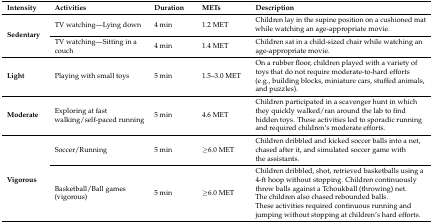
<table><thead><tr><td><b>Intensity</b></td><td><b>Activities</b></td><td><b>Duration</b></td><td><b>METs</b></td><td><b>Description</b></td></tr></thead><tbody><tr><td rowspan="2"><b>Sedentary</b></td><td>TV watching—Lying down </td><td>4 min</td><td>1.2 MET</td><td>Children lay in the supine position on a cushioned mat while watching an age-appropriate movie. </td></tr><tr><td>TV watching—Sitting in a couch </td><td>4 min</td><td>1.4 MET</td><td>Children sat in a child-sized chair while watching an age-appropriate movie.</td></tr><tr><td><b>Light</b></td><td>Playing with small toys</td><td>5 min</td><td>1.5–3.0 MET</td><td>On a rubber floor, children played with a variety of toys that do not require moderate-to-hard efforts (e.g., building blocks, miniature cars, stuffed animals, and puzzles). </td></tr><tr><td><b>Moderate</b></td><td>Exploring at fast walking/self-paced running</td><td>5 min</td><td>4.6 MET</td><td>Children participated in a scavenger hunt in which they quickly walked/ran around the lab to find hidden toys. These activities led to sporadic running and required children’s moderate efforts.</td></tr><tr><td rowspan="2"><b>Vigorous</b></td><td>Soccer/Running </td><td>5 min</td><td>≥6.0 MET</td><td>Children dribbled and kicked soccer balls into a net, chased after it, and simulated soccer game with the assistants.</td></tr><tr><td>Basketball/Ball games (vigorous)</td><td>5 min</td><td>≥6.0 MET</td><td>Children dribbled, shot, retrieved basketballs using a 4-ft hoop without stopping. Children continuously threw balls against a Tchoukball (throwing) net. The children also chased rebounded balls. These activities required continuous running and jumping without stopping at children’s hard efforts.</td></tr></tbody></table>